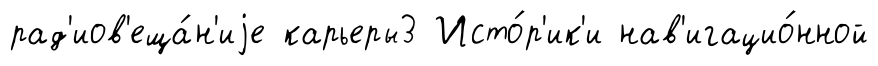
рад'иов'еща́н'иjе карьеры3 Исто́р'ик'и нав'игацио́нной